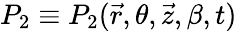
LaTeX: P_{2}\equiv P_{2}(\vec{r},\theta,\vec{z},\beta,t)